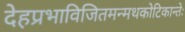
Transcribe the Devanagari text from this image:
देहप्रभाविजितमन्मथकोटिकान्तेः